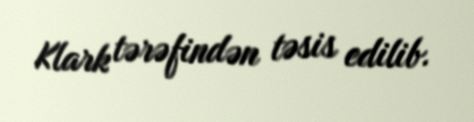
Klark tərəfindən təsis edilib.